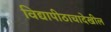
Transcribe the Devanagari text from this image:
विद्यापीठाचादेखील